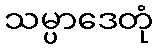
သမ္ပာဒေတုံ